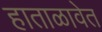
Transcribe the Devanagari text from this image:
हाताळावेत